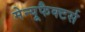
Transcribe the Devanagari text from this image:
मेन्यूफैक्टर्स